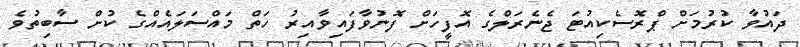
ދައުވާ ކުރުމަށް ޕްރޮސެކިއުޓަ ޖެނެރަލްގެ އޮފީހަށް ފޮނުވާފައިވާއިރު ހަތް މައްސަލައެއްގެ ކުށް ސާބިތުވެ